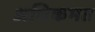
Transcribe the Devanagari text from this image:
अधिकमत